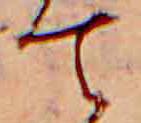
て